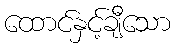
ထောင်နှင့်ချီသော